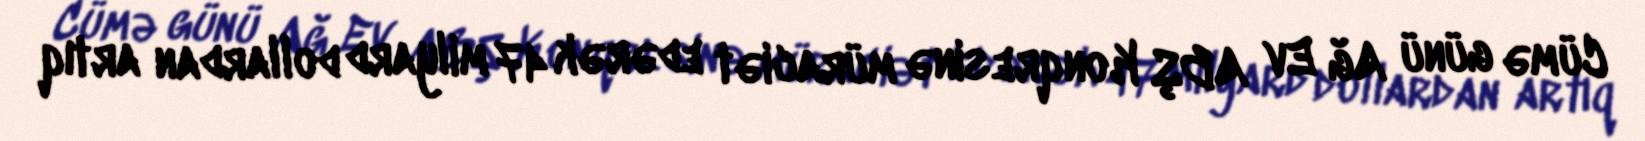
Cümə günü Ağ Ev ABŞ Konqresinə müraciət edərək 47 milyard dollardan artıq